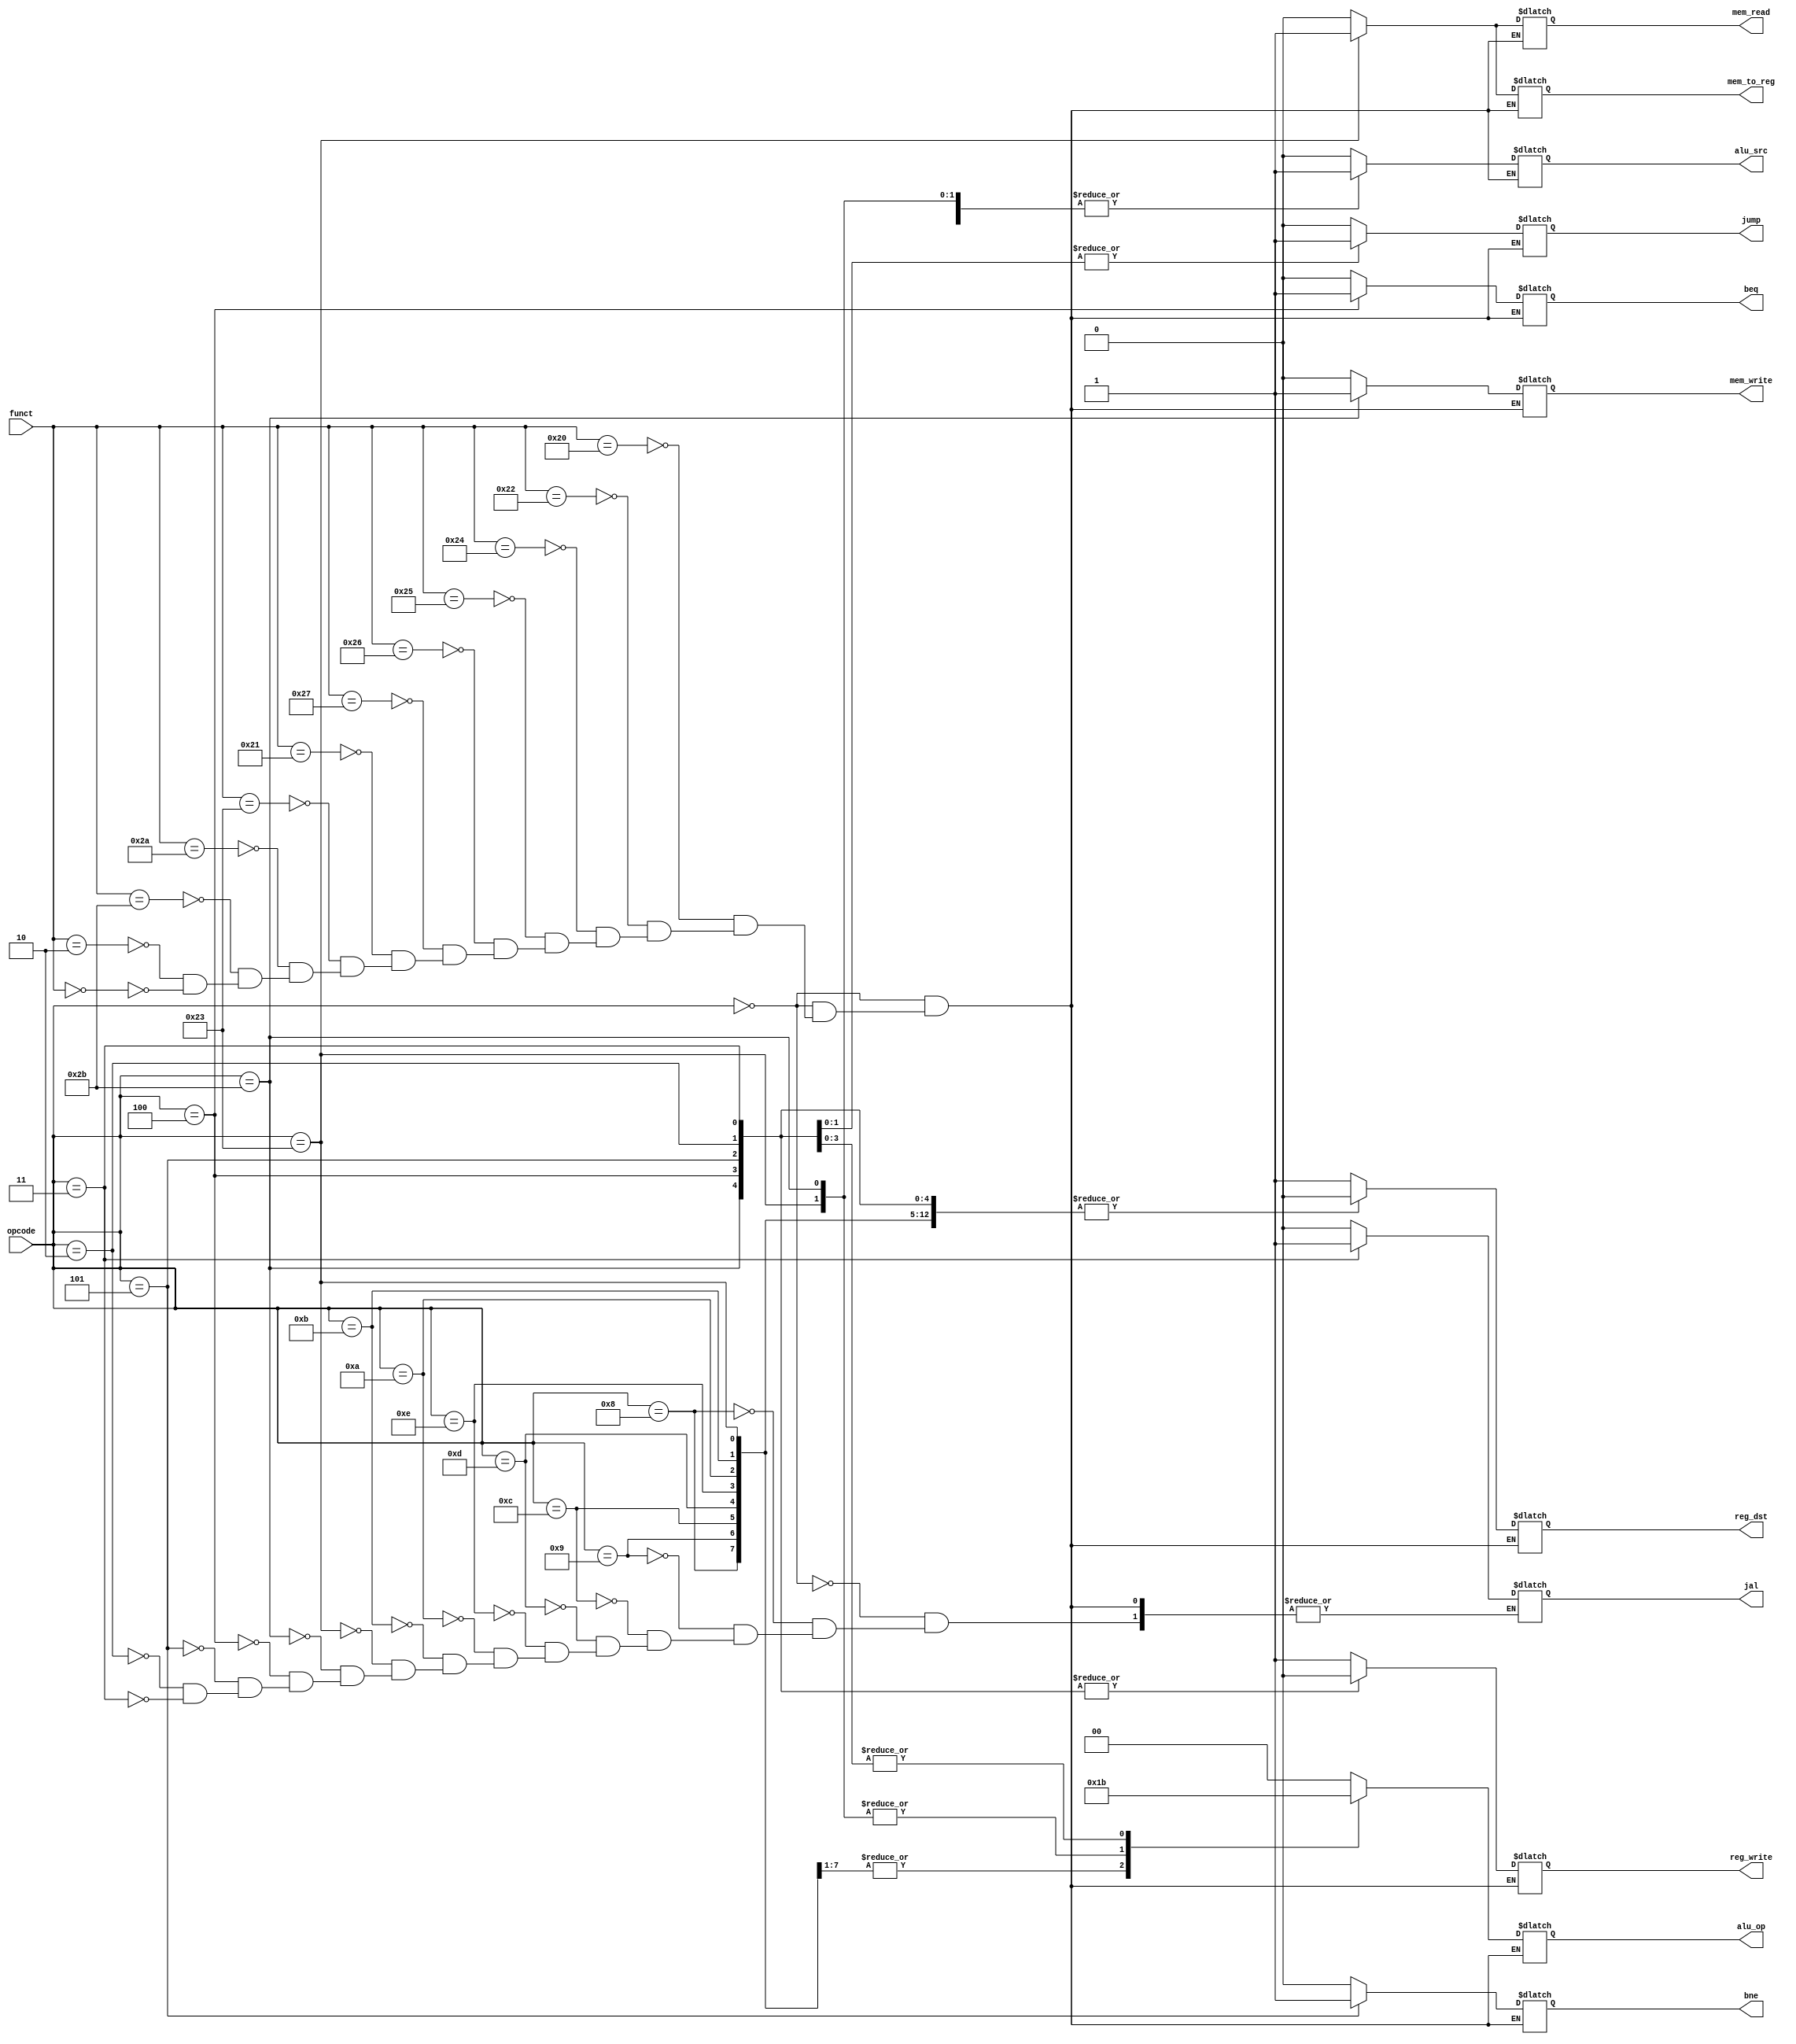
module Control_Unit(
      input[5:0] opcode,
		input[5:0] funct,
      output reg[1:0] alu_op,
      output reg jump,beq,bne,mem_read,mem_write,alu_src,reg_dst,mem_to_reg,reg_write,jal
    );


always @(*)
begin
 case(opcode) 
 6'b000000:  // data_processing ADD
 begin
	case(funct)
	6'b100000: begin 
    reg_dst = 1'b1;
    alu_src = 1'b0;
    mem_to_reg = 1'b0;
    reg_write = 1'b1;
    mem_read = 1'b0;
    mem_write = 1'b0;
    beq = 1'b0;
    bne = 1'b0;	
    alu_op = 2'b00;
    jump = 1'b0;
	 jal = 1'b0;
   end
	6'b100010:  // data_processing SUB
	begin
    reg_dst = 1'b1;
    alu_src = 1'b0;
    mem_to_reg = 1'b0;
    reg_write = 1'b1;
    mem_read = 1'b0;
    mem_write = 1'b0;
    beq = 1'b0;
    bne = 1'b0;
    alu_op = 2'b00;
    jump = 1'b0;   
	 jal = 1'b0;
   end
	6'b100100:  // data_processing AND
   begin
    reg_dst = 1'b1;
    alu_src = 1'b0;
    mem_to_reg = 1'b0;
    reg_write = 1'b1;
    mem_read = 1'b0;
    mem_write = 1'b0;
    beq = 1'b0;
    bne = 1'b0;
    alu_op = 2'b00;
    jump = 1'b0;   
	 jal = 1'b0;
   end
	6'b100101:  // data_processing OR
   begin
    reg_dst = 1'b1;
    alu_src = 1'b0;
    mem_to_reg = 1'b0;
    reg_write = 1'b1;
    mem_read = 1'b0;
    mem_write = 1'b0;
    beq = 1'b0;
    bne = 1'b0;
    alu_op = 2'b00;
    jump = 1'b0;   
	 jal = 1'b0;
   end
	6'b100110:  // data_processing XOR
   begin
    reg_dst = 1'b1;
    alu_src = 1'b0;
    mem_to_reg = 1'b0;
    reg_write = 1'b1;
    mem_read = 1'b0;
    mem_write = 1'b0;
    beq = 1'b0;
    bne = 1'b0;
    alu_op = 2'b00;
    jump = 1'b0;   
	 jal = 1'b0;
	end	
	6'b100111:  // data_processing NOR
   begin
    reg_dst = 1'b1;
    alu_src = 1'b0;
    mem_to_reg = 1'b0;
    reg_write = 1'b1;
    mem_read = 1'b0;
    mem_write = 1'b0;
    beq = 1'b0;
    bne = 1'b0;
    alu_op = 2'b00;
    jump = 1'b0;   
	 jal = 1'b0;
   end	
	6'b100001:  // data_processing ADDU
   begin
    reg_dst = 1'b1;
    alu_src = 1'b0;
    mem_to_reg = 1'b0;
    reg_write = 1'b1;
    mem_read = 1'b0;
    mem_write = 1'b0;
    beq = 1'b0;
    bne = 1'b0;
    alu_op = 2'b00;
    jump = 1'b0;   
	 jal = 1'b0;
   end	
	6'b100011:  // data_processing SUBU
   begin
    reg_dst = 1'b1;
    alu_src = 1'b0;
    mem_to_reg = 1'b0;
    reg_write = 1'b1;
    mem_read = 1'b0;
    mem_write = 1'b0;
    beq = 1'b0;
    bne = 1'b0;
    alu_op = 2'b00;
    jump = 1'b0;   
	 jal = 1'b0;
   end	
	6'b101010:  // data_processing SLT
   begin
    reg_dst = 1'b1;
    alu_src = 1'b0;
    mem_to_reg = 1'b0;
    reg_write = 1'b1;
    mem_read = 1'b0;
    mem_write = 1'b0;
    beq = 1'b0;
    bne = 1'b0;
    alu_op = 2'b00;
    jump = 1'b0;   
	 jal = 1'b0;
   end	
	6'b101011:  // data_processing SLTU
   begin
    reg_dst = 1'b1;
    alu_src = 1'b0;
    mem_to_reg = 1'b0;
    reg_write = 1'b1;
    mem_read = 1'b0;
    mem_write = 1'b0;
    beq = 1'b0;
    bne = 1'b0;
    alu_op = 2'b00;
    jump = 1'b0;   
	 jal = 1'b0;
   end	
	6'b000010:  // data_processing SRL
   begin
    reg_dst = 1'b1;
    alu_src = 1'b0;
    mem_to_reg = 1'b0;
    reg_write = 1'b1;
    mem_read = 1'b0;
    mem_write = 1'b0;
    beq = 1'b0;
    bne = 1'b0;
    alu_op = 2'b00;
    jump = 1'b0;   
	 jal = 1'b0;
   end	
	6'b000000:  // data_processing SLL
   begin
    reg_dst = 1'b1;
    alu_src = 1'b0;
    mem_to_reg = 1'b0;
    reg_write = 1'b1;
    mem_read = 1'b0;
    mem_write = 1'b0;
    beq = 1'b0;
    bne = 1'b0;
    alu_op = 2'b00;
    jump = 1'b0;   
	 jal = 1'b0;
   end	
	endcase
 end
 6'b001000:  // data_processing I-type addi
   begin 
    reg_dst = 1'b0;
    alu_src = 1'b1;
    mem_to_reg = 1'b0;
    reg_write = 1'b1;
    mem_read = 1'b0;
    mem_write = 1'b0;
    beq = 1'b0;
    bne = 1'b0;
    alu_op = 2'b01;
    jump = 1'b0;   
	 jal = 1'b0;
   end
 6'b001001:  // data_processing I-type addiu
   begin 
    reg_dst = 1'b0;
    alu_src = 1'b1;
    mem_to_reg = 1'b0;
    reg_write = 1'b1;
    mem_read = 1'b0;
    mem_write = 1'b0;
    beq = 1'b0;
    bne = 1'b0;
    alu_op = 2'b01;
    jump = 1'b0;   
	 jal = 1'b0;
   end
 6'b001100:  // data_processing I-type andi
   begin 
    reg_dst = 1'b0;
    alu_src = 1'b1;
    mem_to_reg = 1'b0;
    reg_write = 1'b1;
    mem_read = 1'b0;
    mem_write = 1'b0;
    beq = 1'b0;
    bne = 1'b0;
    alu_op = 2'b01;
    jump = 1'b0;   
	 jal = 1'b0;
   end
 6'b001101:  // data_processing I-type ori
   begin 
    reg_dst = 1'b0;
    alu_src = 1'b1;
    mem_to_reg = 1'b0;
    reg_write = 1'b1;
    mem_read = 1'b0;
    mem_write = 1'b0;
    beq = 1'b0;
    bne = 1'b0;
    alu_op = 2'b01;
    jump = 1'b0;      
	 jal = 1'b0;
   end
 6'b001110:  // data_processing I-type xori
   begin 
    reg_dst = 1'b0;
    alu_src = 1'b1;
    mem_to_reg = 1'b0;
    reg_write = 1'b1;
    mem_read = 1'b0;
    mem_write = 1'b0;
    beq = 1'b0;
    bne = 1'b0;
    alu_op = 2'b01;
    jump = 1'b0;   
	 jal = 1'b0;
   end
 6'b001010:  // data_processing I-type SLTI
   begin 
    reg_dst = 1'b0;
    alu_src = 1'b1;
    mem_to_reg = 1'b0;
    reg_write = 1'b1;
    mem_read = 1'b0;
    mem_write = 1'b0;
    beq = 1'b0;
    bne = 1'b0;
    alu_op = 2'b01;
    jump = 1'b0;   
	 jal = 1'b0;
   end
 6'b001011:  // data_processing I-type STLIU
   begin 
    reg_dst = 1'b0;
    alu_src = 1'b1;
    mem_to_reg = 1'b0;
    reg_write = 1'b1;
    mem_read = 1'b0;
    mem_write = 1'b0;
    beq = 1'b0;
    bne = 1'b0;
    alu_op = 2'b01;
    jump = 1'b0;   
	 jal = 1'b0;
   end
 6'b100011:  // LW
   begin
    reg_dst = 1'b0;
    alu_src = 1'b1;
    mem_to_reg = 1'b1;
    reg_write = 1'b1;
    mem_read = 1'b1;
    mem_write = 1'b0;
    beq = 1'b0;
    bne = 1'b0;
    alu_op = 2'b10;
    jump = 1'b0;   
	 jal = 1'b0;
   end
 6'b101011:  // SW
   begin
    reg_dst = 1'b0;
    alu_src = 1'b1;
    mem_to_reg = 1'b0;
    reg_write = 1'b0;
    mem_read = 1'b0;
    mem_write = 1'b1;
    beq = 1'b0;
    bne = 1'b0;
    alu_op = 2'b10;
    jump = 1'b0;   
	 jal = 1'b0;
   end
 6'b000100:  // BEQ
   begin
    reg_dst = 1'b0;
    alu_src = 1'b0;
    mem_to_reg = 1'b0;
    reg_write = 1'b0;
    mem_read = 1'b0;
    mem_write = 1'b0;
    beq = 1'b1;
    bne = 1'b0;
    alu_op = 2'b11;
    jump = 1'b0;   
	 jal = 1'b0;
   end
 6'b000101:  // BNE
   begin
    reg_dst = 1'b0;
    alu_src = 1'b0;
    mem_to_reg = 1'b0;
    reg_write = 1'b0;
    mem_read = 1'b0;
    mem_write = 1'b0;
    beq = 1'b0;
    bne = 1'b1;
    alu_op = 2'b11;
    jump = 1'b0;   
	 jal = 1'b0;
   end
 6'b000010:  // J
   begin
    reg_dst = 1'b0;
    alu_src = 1'b0;
    mem_to_reg = 1'b0;
    reg_write = 1'b0;
    mem_read = 1'b0;
    mem_write = 1'b0;
    beq = 1'b0;
    bne = 1'b0;
    alu_op = 2'b11;
    jump = 1'b1;   
	 jal = 1'b0;
   end
 6'b000011:  // Jal
   begin
    reg_dst = 1'b0;
    alu_src = 1'b0;
    mem_to_reg = 1'b0;
    reg_write = 1'b0;
    mem_read = 1'b0;
    mem_write = 1'b0;
    beq = 1'b0;
    bne = 1'b0;
    alu_op = 2'b11;
    jump = 1'b1;   
	 jal = 1'b1;
   end
 default: begin
    reg_dst = 1'b1;
    alu_src = 1'b0;
    mem_to_reg = 1'b0;
    reg_write = 1'b1;
    mem_read = 1'b0;
    mem_write = 1'b0;
    beq = 1'b0;
    bne = 1'b0;	
    alu_op = 2'b00;
    jump = 1'b0;   
   end
 endcase
 end

endmodule